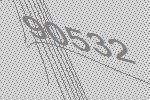
90532